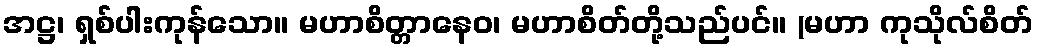
အဋ္ဌ၊ ရှစ်ပါးကုန်သော။ မဟာစိတ္တာနေဝ၊ မဟာစိတ်တို့သည်ပင်။ (မဟာ ကုသိုလ်စိတ်